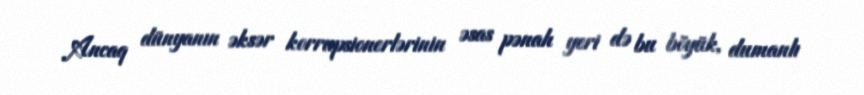
Ancaq dünyanın əksər korrupsionerlərinin əsas pənah yeri də bu böyük, dumanlı